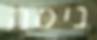
ניסה